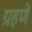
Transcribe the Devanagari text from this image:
ग्रहणे